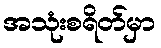
အသုံးစရိတ်မှာ